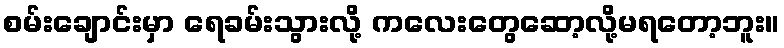
စမ်းချောင်းမှာ ရေခမ်းသွားလို့ ကလေးတွေဆော့လို့မရတော့ဘူး။